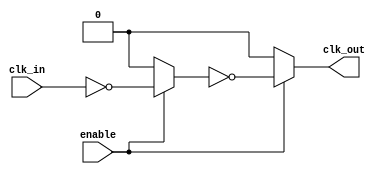
module LowPowerClockBuffer (
    input wire clk_in,         // Input clock signal
    input wire enable,         // Enable signal to control the buffer
    output wire clk_out        // Output clock signal
);

    // Internal signals
    wire clk_clean;           // Cleaned clock signal after input stage
    wire clk_buffered;        // Buffered clock signal after buffering stage

    // Input Stage: Simple Inverter (can be replaced with Schmitt trigger for hysteresis)
    assign clk_clean = ~clk_in;

    // Buffering Stage: Series of inverters for buffering the clock signal
    // Configurable drive strength can be achieved by varying the number of inverters
    wire clk_buf1, clk_buf2;

    assign clk_buf1 = enable ? clk_clean : 1'b0; // First buffer stage
    assign clk_buf2 = enable ? ~clk_buf1 : 1'b0; // Second buffer stage

    // Output Stage: Final output driver
    // The output is enabled only when the buffer is enabled
    assign clk_out = enable ? clk_buf2 : 1'b0; // Output clock signal

endmodule